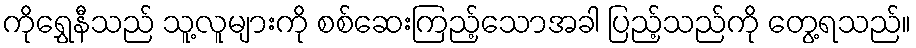
ကိုရွှေနီသည် သူ့လူများကို စစ်ဆေးကြည့်သောအခါ ပြည့်သည်ကို တွေ့ရသည်။